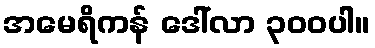
အမေရိကန် ဒေါ်လာ ၃၀၀ပါ။